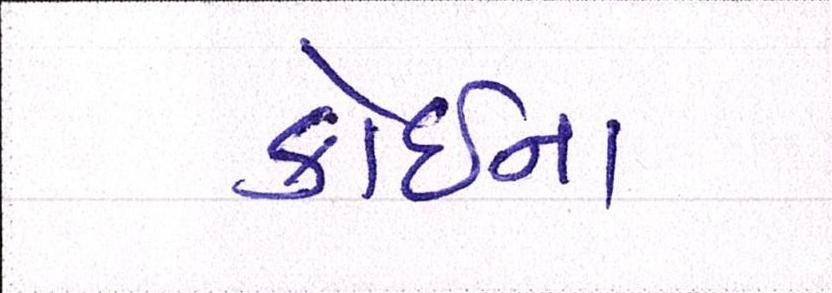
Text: કોઇના